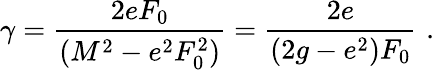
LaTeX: \gamma=\frac{2eF_{0}}{(M^{2}-e^{2}F_{0}^{2})}=\frac{2e}{(2g-e^{2})F_{0}}\, \, .